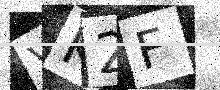
Text: VK2F